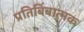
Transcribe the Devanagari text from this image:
प्रतिबिंबात्मक